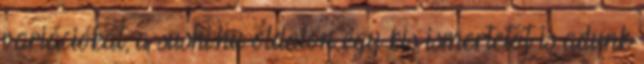
variációkat, a sushi.hu oldalon egy kis ismertetőt is adunk